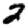
Digit: 2